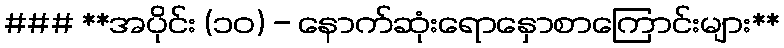
### **အပိုင်း (၁၀) - နောက်ဆုံးရောနှောစာကြောင်းများ**